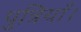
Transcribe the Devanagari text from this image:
पुत्रियाँ।